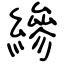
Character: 縿